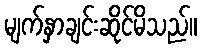
မျက်နှာချင်းဆိုင်မိသည်။